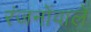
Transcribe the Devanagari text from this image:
रंजनोंवाले